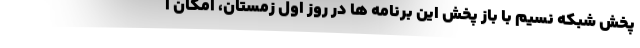
پخش شبکه نسیم با باز پخش این برنامه ها در روز اول زمستان، امکان ا